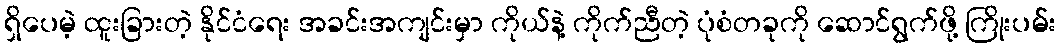
ရှိပေမဲ့ ထူးခြားတဲ့ နိုင်ငံရေး အခင်းအကျင်းမှာ ကိုယ်နဲ့ ကိုက်ညီတဲ့ ပုံစံတခုကို ဆောင်ရွက်ဖို့ ကြိုးပမ်း